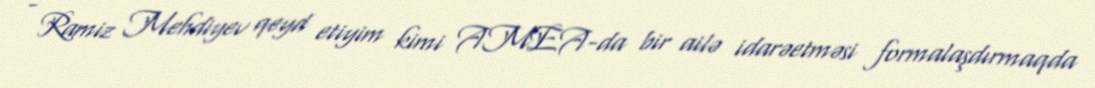
- Ramiz Mehdiyev qeyd etiyim kimi AMEA-da bir ailə idarəetməsi formalaşdırmaqda